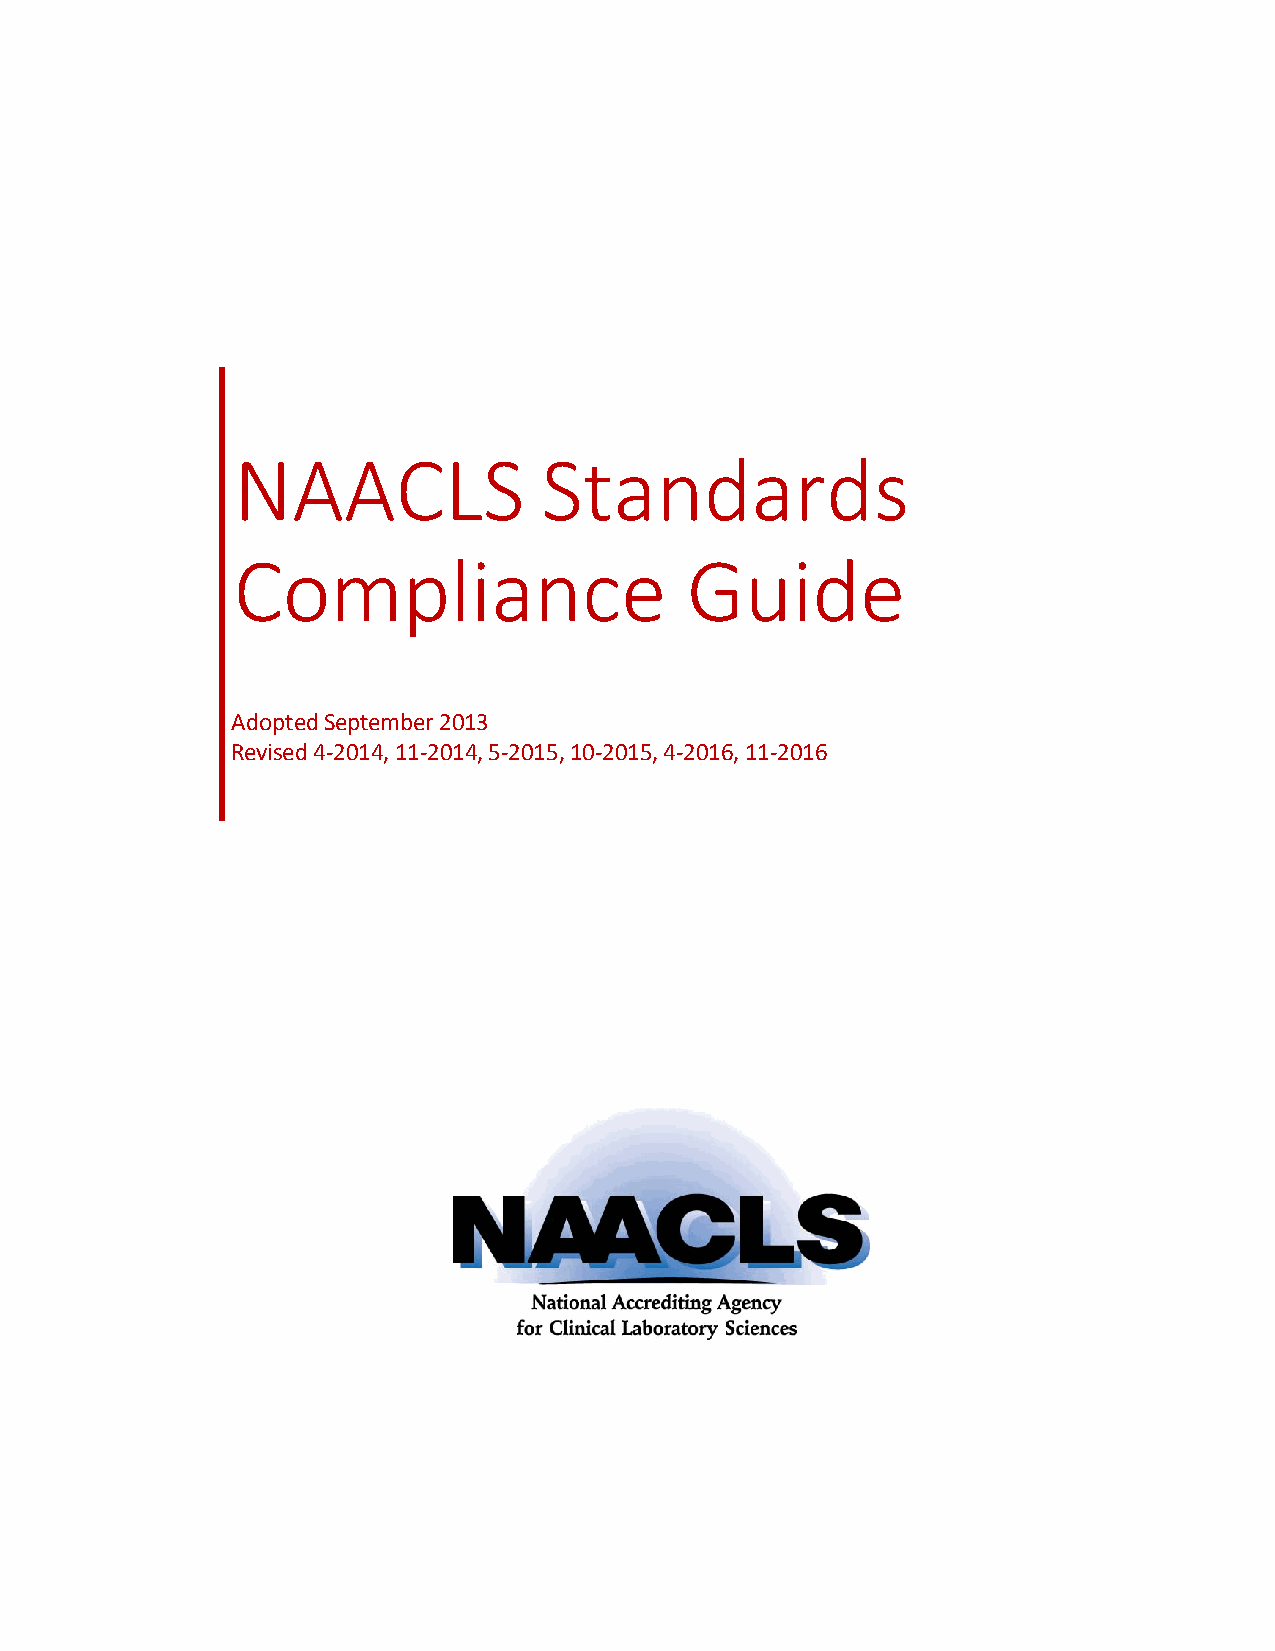
NAACLS               Standards
 Compliance                    Guide
 Adopted September 2013
 Revised 4-2014, 11-2014, 5-2015, 10-2015, 4-2016, 11-2016